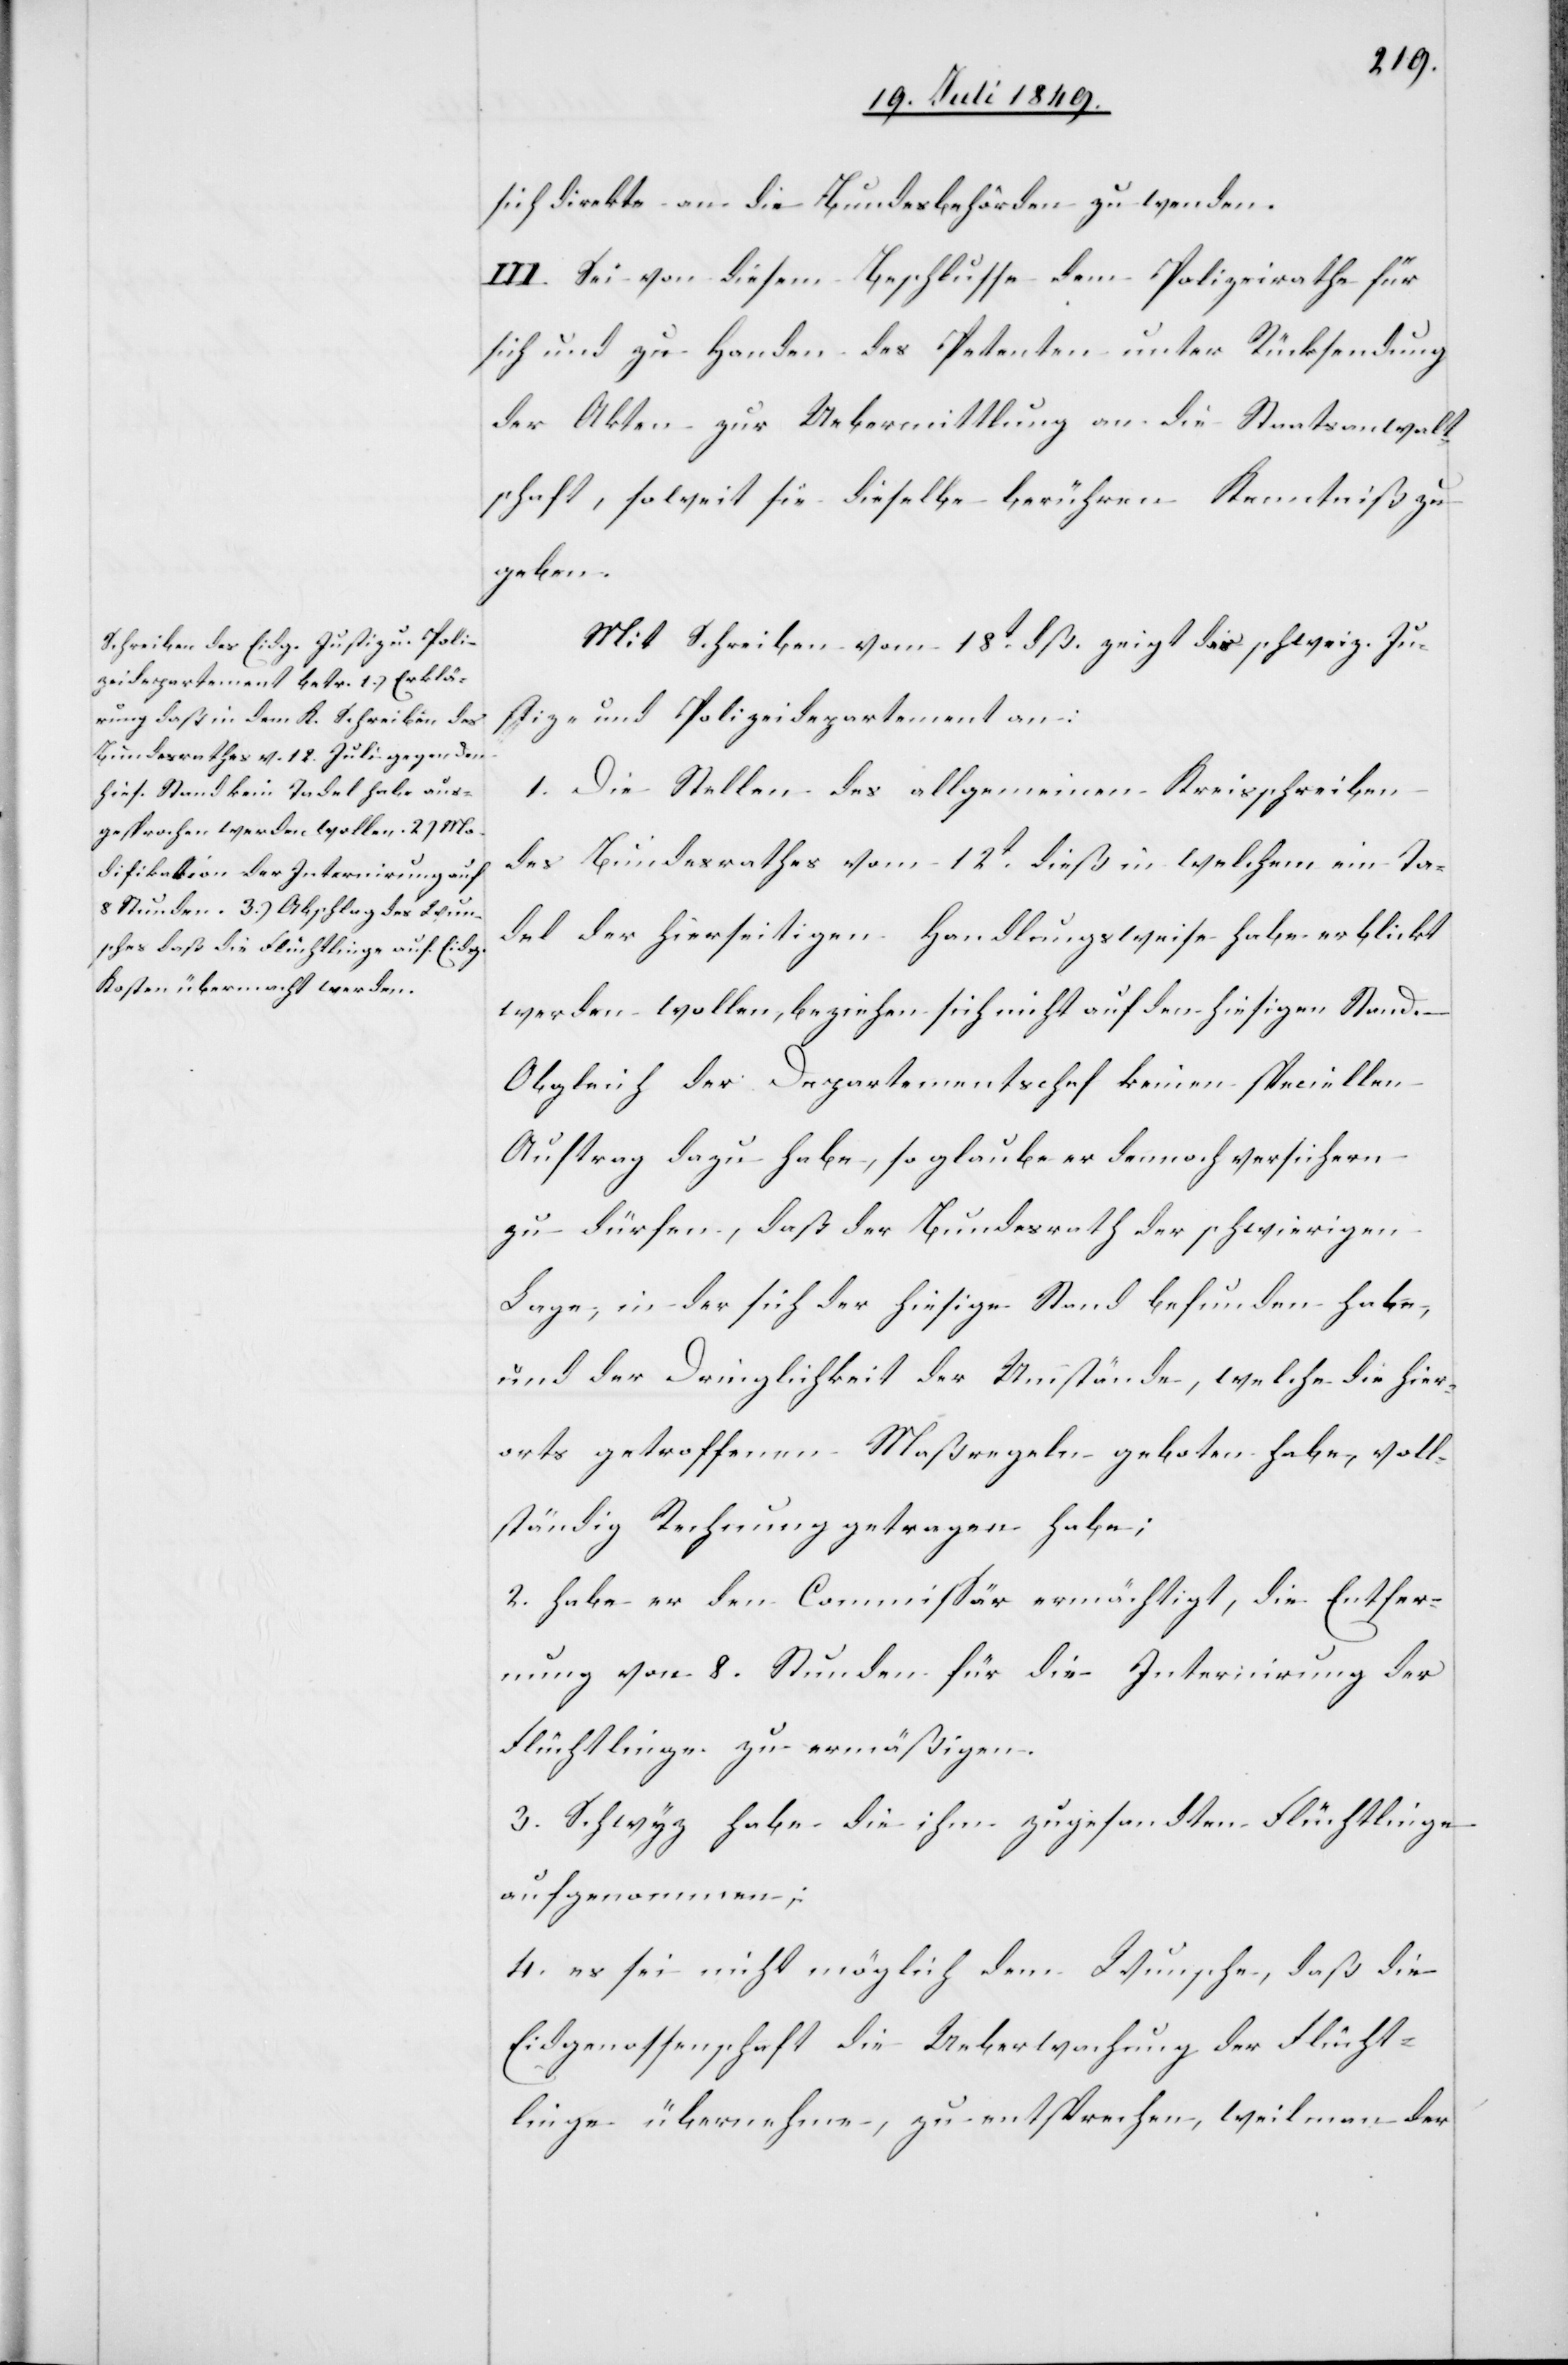
sich direkte an die Bundesbehörden zu wenden.
III. Sei von diesem Beschlusse dem Polizeirathe für
sich und zu Handen des Petenten unter Rücksendung
der Akten zur Uebermittlung an die Staatsanwalt¬
schaft, soweit sie dieselbe berühren Kenntniß zu
geben.
Mit Schreiben vom 18t dß. zeigt das schweiz. Ju¬
stiz- und Polizeidepartement an:
1. Die Stellen des allgemeinen Kreisschreiben
des Bundesrathes vom 12t dieß in welchem ein Ta¬
del der hierseitigen Handlungsweise habe erblickt
werden wollen, beziehen sich nicht auf den hiesigen Stand.
Obgleich der Departementschef keinen speciellen
Auftrag dazu habe, so glaube er dennoch versichern
zu dürfen, daß der Bundesrath der schwierigen
Lage, in der sich der hiesige Stand befunden habe,
und der Dringlichkeit der Umstände, welche die hier¬
orts getroffenen Maßregeln geboten habe, voll¬
ständig Rechnung getragen habe;
2. habe er den Commissär ermächtigt, die Entfer¬
nung von 8. Stunden für die Internirung der
Flüchtlinge zu ermäßigen.
3. Schwyz habe die ihm zugesandten Flüchtlinge
aufgenommen;
4. es sei nicht möglich dem Wunsche, daß die
Eidgenossenschaft die Ueberwachung der Flücht¬
linge übernehme, zu entsprechen, weil man der